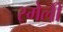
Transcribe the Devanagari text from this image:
स्मेली